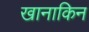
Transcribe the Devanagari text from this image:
खानाकिन